Indian journal of veterinary science and animal husbandry - Volumes 18-21, 1948-1951
Year: 1948
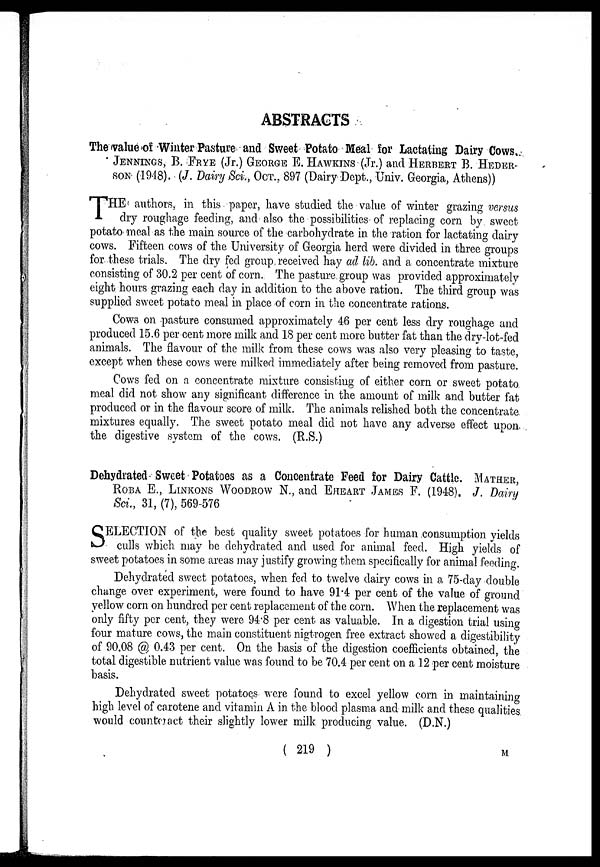
ABSTRACTS
The value of Winter Pasture and Sweet Potato Meal for Lactating Dairy Cows.
JENNINGS, B. FRYE (Jr.) GEORGE E. HAWKINS (Jr.) and HERBERT B. HEDER-
SON
(1948). (J. Dairy Sci.,OCT., 897 (Dairy Dept., Univ. Georgia, Athens))
T HE authors, in this paper, have studied the value of winter grazing versus
dry roughage feeding, and also the possibilities of replacing corn by sweet
potato meal as the main source of the carbohydrate in the ration for lactating dairy
cows. Fifteen cows of the University of Georgia herd were divided in three groups
for these trials. The dry fed group received hay ad lib. and a concentrate mixture
consisting of 30.2 per cent of corn. The pasture group was provided approximately
eight hours grazing each day in addition to the above ration. The third group was
supplied sweet potato meal in place of corn in the concentrate rations.
Cows on pasture consumed approximately 46 per cent less dry roughage and
produced 15.6 per cent more milk and 18 per cent more butter fat than the dry-lot-fed
animals. The flavour of the milk from these cows was also very pleasing to taste,
except when these cows were milked immediately after being removed from pasture.
Cows fed on a concentrate mixture consisting of either corn or sweet potato
meal did not show any significant difference in the amount of milk and butter fat
produced or in the flavour score of milk. The animals relished both the concentrate
mixtures equally. The sweet potato meal did not have any adverse effect upon
the digestive system of the cows. (R.S.)
Dehydrated Sweet Potatoes as a Concentrate Feed for Dairy Cattle. MATHER,
ROBA
E., LINKONS WOODROW N., and EHEART JAMES F. (1948). J. Dairy
Sci., 31, (7), 569-576
S ELECTION of the best quality sweet potatoes for human consumption yields
culls which may be dehydrated and used for animal feed. High yields of
sweet potatoes in some areas may justify growing them specifically for animal feeding.
Dehydrated sweet potatoes, when fed to twelve dairy cows in a 75-day double
change over experiment, were found to have 91.4 per cent of the value of ground
yellow corn on hundred per cent replacement of the corn. When the replacement was
only fifty per cent, they were 94.8 per cent as valuable. In a digestion trial using
four mature cows, the main constituent nigtrogen free extract showed a digestibility
of 90.08 @ 0.43 per cent. On the basis of the digestion coefficients obtained, the
total digestible nutrient value was found to be 70.4 per cent on a 12 per cent moisture
basis.
Dehydrated sweet potatoes were found to excel yellow corn in maintaining
high level of carotene and vitamin A in the blood plasma and milk and these qualities
would counteract their slightly lower milk producing value. (D.N.)
( 219 )
M